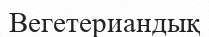
Вегетериандық